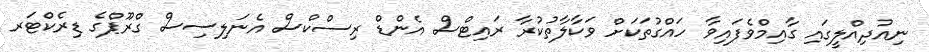
ނިއުދިއްލީގައި ގާއިމްވެފައިވާ ހައްގުތަކަށް ވަކާލާތުކުރާ ރައިޓްސް އެންޑް ރިސްކްސް އެނަލިސިސް ގްރޫޕްގެ ޑިރެކްޓަރ